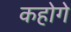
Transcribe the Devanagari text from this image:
कहोगे